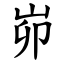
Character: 峁